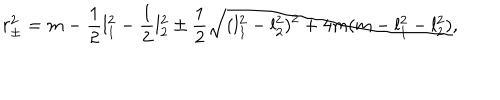
r _ { \pm } ^ { 2 } = m - { \frac { 1 } { 2 } } l _ { 1 } ^ { 2 } - { \frac { 1 } { 2 } } l _ { 2 } ^ { 2 } \pm { \frac { 1 } { 2 } } \sqrt { ( l _ { 1 } ^ { 2 } - l _ { 2 } ^ { 2 } ) ^ { 2 } + 4 m ( m - l _ { 1 } ^ { 2 } - l _ { 2 } ^ { 2 } ) } ,